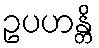
ဥပဟန္တိ